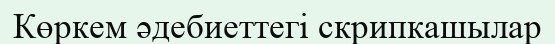
Көркем әдебиеттегі скрипкашылар